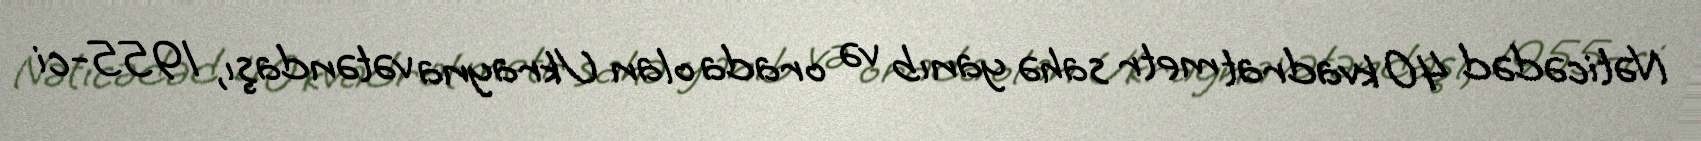
Nəticədəd 40 kvadrat metr sahə yanıb və orada olan Ukrayna vətəndaşı, 1955-ci